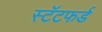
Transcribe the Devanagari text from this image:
स्टॅटफर्ड